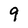
Character: 9